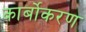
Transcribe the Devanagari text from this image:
कार्बोकरण